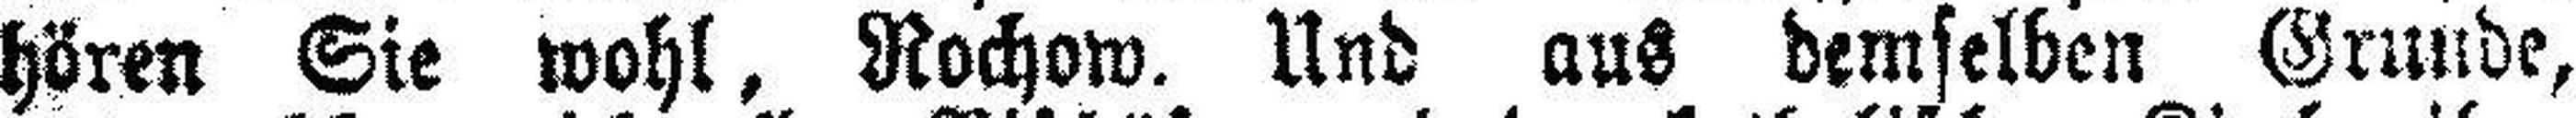
hören Sie wohl, Rochow. Und aus demselben Grunde,